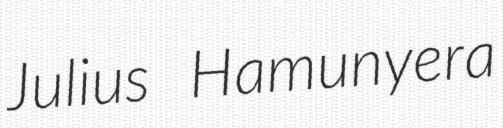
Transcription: Julius Hamunyera